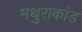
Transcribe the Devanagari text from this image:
मथुराकांड